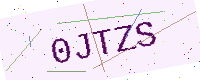
Text: 0JTZS